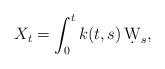
LaTeX: \begin{align*}X_t= \int_0^t k(t,s)\, \d W_s,\end{align*}